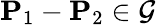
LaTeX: \mathbf{P}_{1}-\mathbf{P}_{2}\in\mathcal{G}